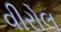
વીરોલ